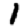
Digit: 1